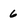
Character: 6